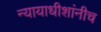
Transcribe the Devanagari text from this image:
न्यायाधीशांनीच